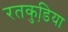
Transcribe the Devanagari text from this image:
रतकुडि़या